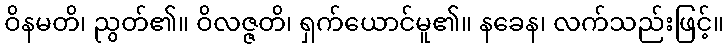
ဝိနမတိ၊ ညွတ်၏။ ဝိလဇ္ဇတိ၊ ရှက်ယောင်မူ၏။ နခေန၊ လက်သည်းဖြင့်။